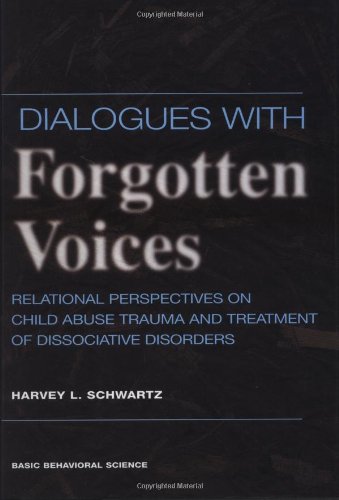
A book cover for Dialogues With Forgotten Voices: Relational Perspectives On Child Abuse Trauma And The Treatment Of Severe Dissociative Disorders; Harvey L. Schwartz; Health, Fitness & Dieting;